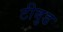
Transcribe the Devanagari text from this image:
टीबुड